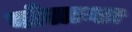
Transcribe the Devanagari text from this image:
योलान्डा